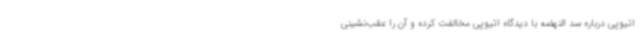
اتیوپی درباره سد النهضه با دیدگاه اتیوپی مخالفت کرده و آن را عقب‌نشینی